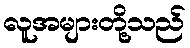
လူအများတို့သည်